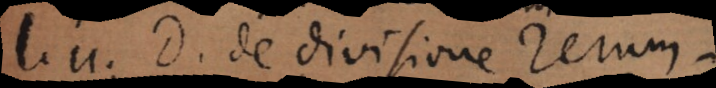
11. D. de divisione rerum.